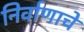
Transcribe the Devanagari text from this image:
निर्वाणाचे